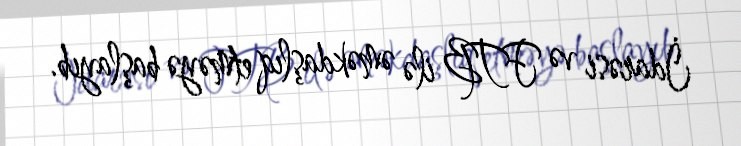
İdarəsi və FTB ilə əməkdaşlıq etməyə başlayıb.